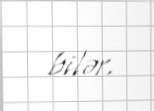
bilər.